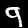
Label: 9